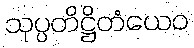
သုပ္ပတိဋ္ဌိတံယေဝ